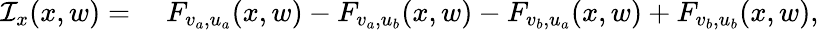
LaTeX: \begin{array}{rl}{\mathcal{I}_{x}(x,w)={}}&{{}F_{v_{a},u_{a}}(x,w)-F_{v_{a},u_{b}}(x,w)-F_{v_{b},u_{a}}(x,w)+F_{v_{b},u_{b}}(x,w),}\end{array}